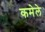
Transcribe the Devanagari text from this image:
कमेले